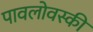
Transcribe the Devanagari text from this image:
पावलोवस्की